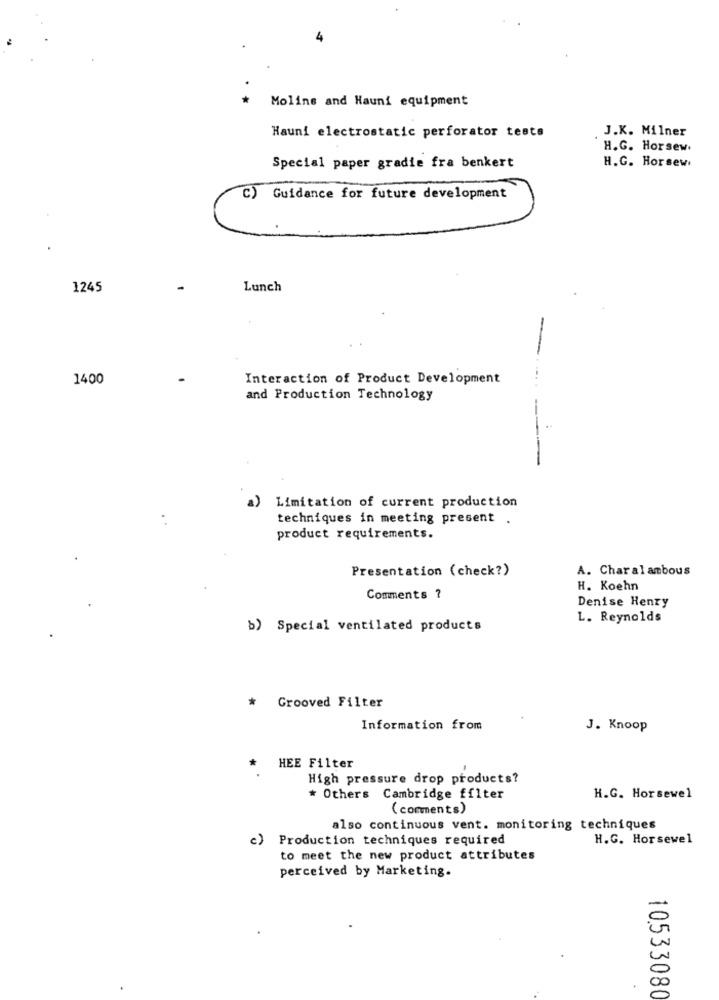
Molins and Hauni equipment
J.K. Milner
Hauni electrostatic perforator tests
H.G. Horsew.
H.G. Horsew.
Special paper gradie fra benkert
C) Guidance for future development
1245
Lunch
1400
Interaction of Product Development
and Production Technology
-
--
a)
Limitation of current production
techniques in meeting present .
product requirements.
Presentation (check?)
A. Charalambous
H. Koehn
Comments ?
Denise Henry
L. Reynolds
b) Special ventilated products
*
Grooved Filter
Information from
J. Knoop
HEE Filter
High pressure drop products?
* Others Cambridge filter
H.G. Horsewel
( comments)
also continuous vent. monitoring techniques
c)
Production techniques required
H.G. Horsewel
to meet the new product attributes
perceived by Marketing.
10.533080